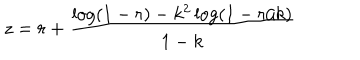
LaTeX: z = r + \frac { \log ( 1 - r ) - k ^ { 2 } \log ( 1 - r / k ) } { 1 - k }